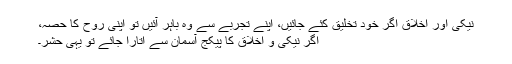
نیکی اور اخلاق اگر خود تخلیق کئے جائیں، اپنے تجربے سے وہ باہر آئیں تو اپنی روح کا حصہ،
اگر نیکی و اخلاق کا پیکج آسمان سے اُتارا جائے تو یہی حشر۔